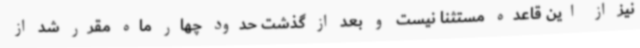
نیز از این قاعده مستثنا نیست و بعد از گذشت حدود چهار ماه مقرر شد از